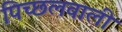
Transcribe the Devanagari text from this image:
पिच्छलवाली